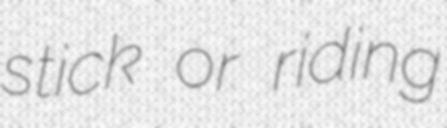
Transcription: stick or riding